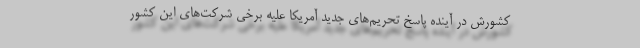
کشورش در آینده پاسخ تحریم‌های جدید آمریکا علیه برخی شرکت‌های این کشور